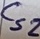
Text: Cs2